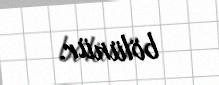
bölünür.